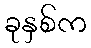
ခုနှစ်က